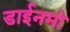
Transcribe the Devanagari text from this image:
डाईनमो